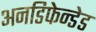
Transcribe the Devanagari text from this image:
अनडिफेन्डेड